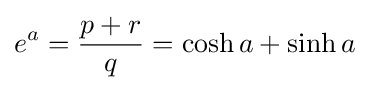
e^{a}={\frac {p+r}{q}}=\cosh a+\sinh a